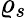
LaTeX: \varrho_{s}